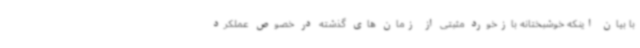
با بیان اینکه خوشبختانه بازخورد مثبتی از زمان های گذشته در خصوص عملکرد